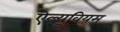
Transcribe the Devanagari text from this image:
ऐल्यूवियम